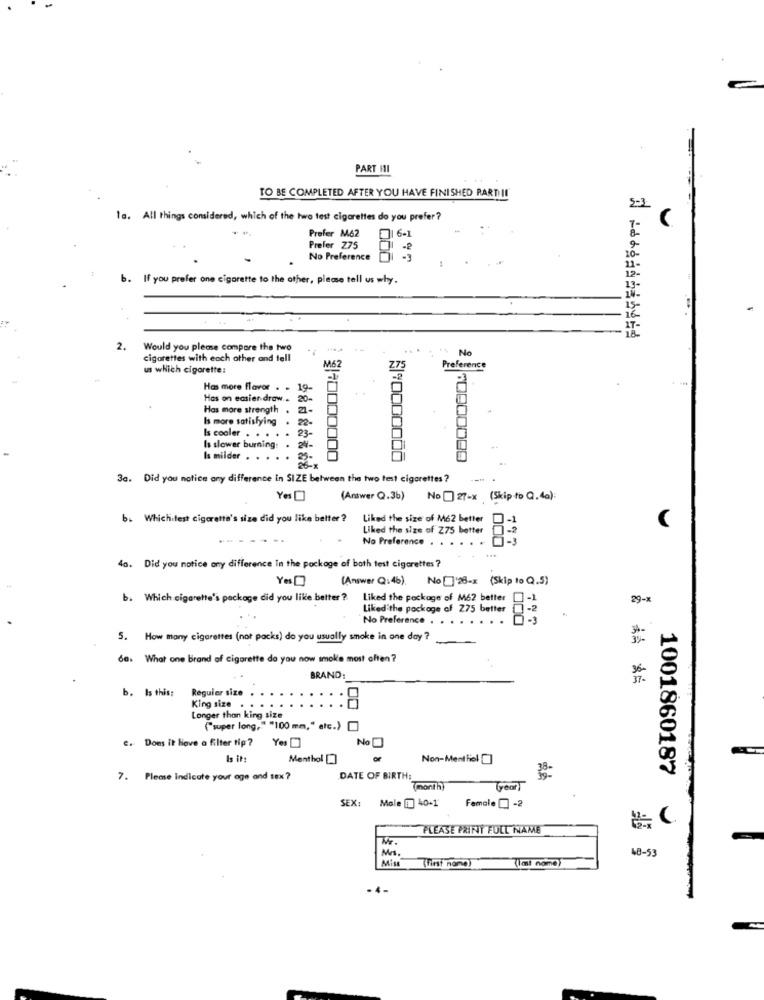
PART HI
TO BE COMPLETED AFTER YOU HAVE FINISHED PARTII!
5-1
ta. All things considered, which of the two test cigarettes do you prefer?
Prefer M62
Prefer 275
No Preference
b.
If you prefer one cigarette to the other, please tell us why.
2.
Would you please compare the two
No
cigarettes with each other and tell
us which cigarette:
M62
Preference
Has more flavor . .
19.
Has on easier draw ..
20
Has more strength
. ..
Is more satisfying
23-
Is cooler . . .
Is slower burning.
.
Is milder . . .
$190000000
3a. Did you notice any difference in SIZE between the two test cigarettes ?
(Answer Q.3b) No 27-X (Skip to Q.40):
b. Whichitest cigarette's size did you like better ?
Liked the size of M62 better
Liked the size of Z75 better
No Preference . . .
797
40. Did you notice any difference In the package of both test cigarettes ?
(Answer Q:46). No ] 28-x (Skip to Q.5)
b. Which cigarette's package did you like better ?
Liked the pockage of M62 better
29-
Liked the package of 275 better .
No Preference . . . . . . . .
5-3
5. How many cigarettes (not packs) do you usually smoke in one day?
60. What one brand of cigarette do you now smoke most often?
BRAND:
b. Is this:
Regular size
King size .
Longer than king size
(super long," "100 mm," etc.)[
e. Does it have a filter tip ?
Yes
No
Is it:
Menthol []
Non-Ment Riel []
1001860187
7. Please Indicate your age and sex?
DATE OF BIRTH:
(month)
Gear
SEX:
Male 1 40-1
Female-2
PLEASE PRINT FULL NAME
Mrs
48-53
Mis
(First name)
(Imi nome)